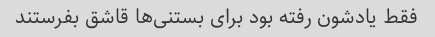
فقط یادشون رفته بود برای بستنی‌ها قاشق بفرستند